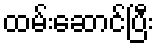
ထမ်းဆောင်ပြီး